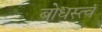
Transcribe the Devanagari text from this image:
बोधस्त्वं